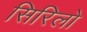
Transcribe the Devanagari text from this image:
सिरिलो